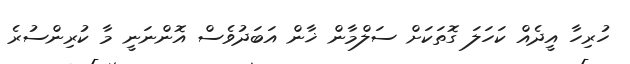
ހުރިހާ އީދެއް ކަހަލަ ގޮތަކަށް ސަލްމާން ޚާން އަބަދުވެސް އޮންނަނީ މާ ކުރިންސުރެ